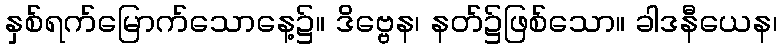
နှစ်ရက်မြောက်သောနေ့၌။ ဒိဗ္ဗေန၊ နတ်၌ဖြစ်သော။ ခါဒနီယေန၊